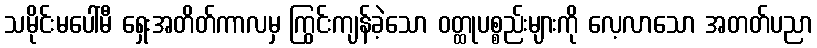
သမိုင်းမပေါ်မီ ရှေးအတိတ်ကာလမှ ကြွင်းကျန်ခဲ့သော ဝတ္ထုပစ္စည်းများကို လေ့လာသော အတတ်ပညာ